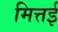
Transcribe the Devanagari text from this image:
मित्तई